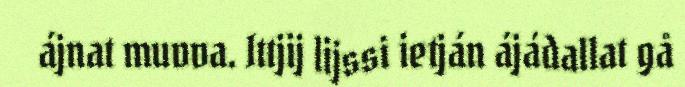
ájnat muvva. Ittjij lijssi ietján ájádallat gå